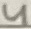
Text: 4